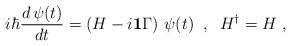
LaTeX: \begin{align*}i \hbar \frac{d\,\psi(t)}{dt} = \left(H - i{\bf 1}\Gamma\right)\,\psi(t)\;\; ,\;\; H^\dagger = H \; ,\end{align*}